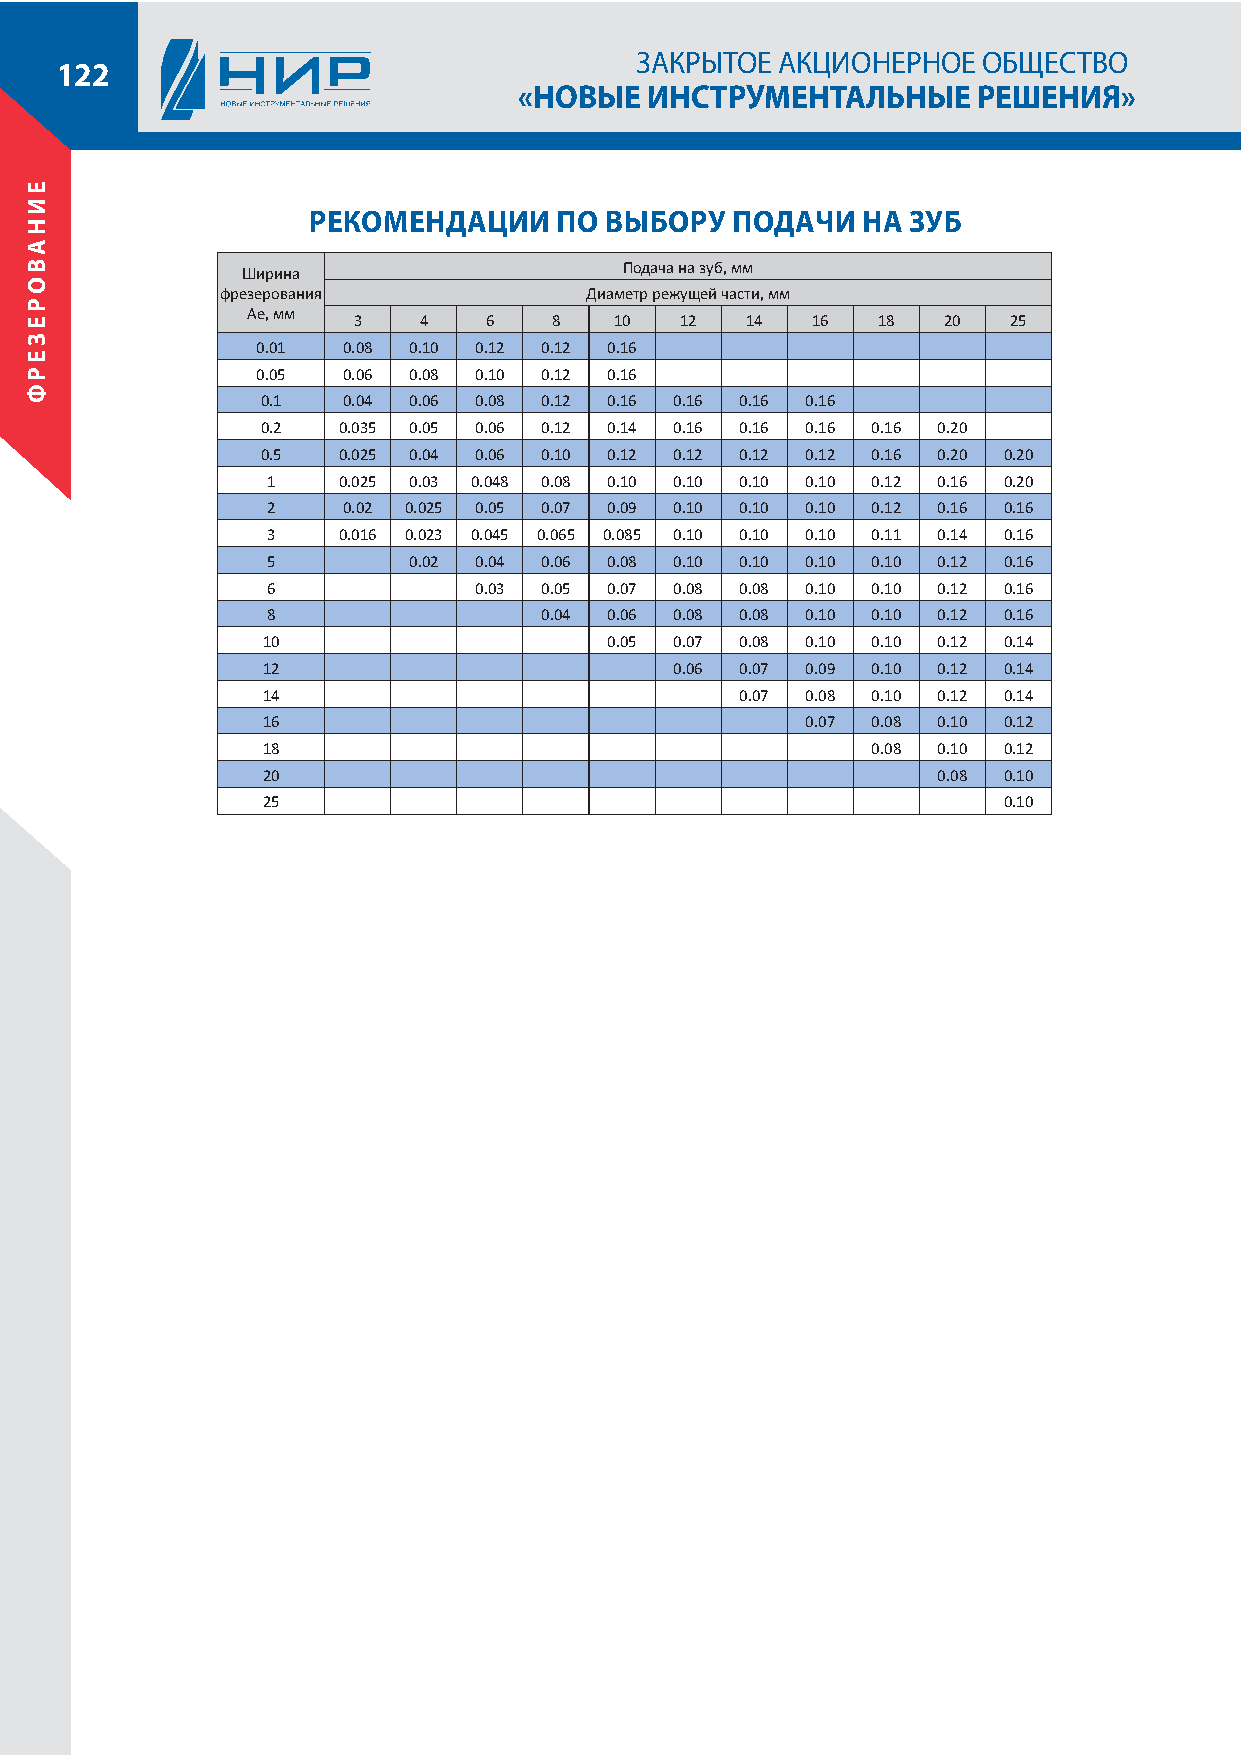
ЗАКРЫТОЕ АКЦИОНЕРНОЕ   ОБЩЕСТВО
 122
 «НОВЫЕ   ИНСТРУМЕНТАЛЬНЫЕ      РЕШЕНИЯ»
 РЕКОМЕНДАЦИИ     ПО ВЫБОРУ  ПОДАЧИ   НА ЗУБ
 Подача на зуб, мм
 Ширина
 фрезерования            Диаметр режущей части, мм
 Ae, мм
 3    4   6    8   10  12  14   16  18  20   25
 0.01  0.08 0.10 0.12 0.12 0.16
 0.05  0.06 0.08 0.10 0.12 0.16
 0.1   0.04 0.06 0.08 0.12 0.16 0.16 0.16 0.16
 0.2  0.035 0.05 0.06 0.12 0.14 0.16 0.16 0.16 0.16 0.20
 0.5  0.025 0.04 0.06 0.10 0.12 0.12 0.12 0.12 0.16 0.20 0.20
 1   0.025 0.03 0.048 0.08 0.10 0.10 0.10 0.10 0.12 0.16 0.20
 2    0.02 0.025 0.05 0.07 0.09 0.10 0.10 0.10 0.12 0.16 0.16
 3   0.016 0.023 0.045 0.065 0.085 0.10 0.10 0.10 0.11 0.14 0.16
 5        0.02 0.04 0.06 0.08 0.10 0.10 0.10 0.10 0.12 0.16
 6            0.03 0.05 0.07 0.08 0.08 0.10 0.10 0.12 0.16
 8                 0.04 0.06 0.08 0.08 0.10 0.10 0.12 0.16
 10                     0.05 0.07 0.08 0.10 0.10 0.12 0.14
 12                          0.06 0.07 0.09 0.10 0.12 0.14
 14                              0.07 0.08 0.10 0.12 0.14
 16                                  0.07 0.08 0.10 0.12
 18                                       0.08 0.10 0.12
 20                                           0.08 0.10
 25                                               0.10
 ЕИНАВОРЕЗЕРФ